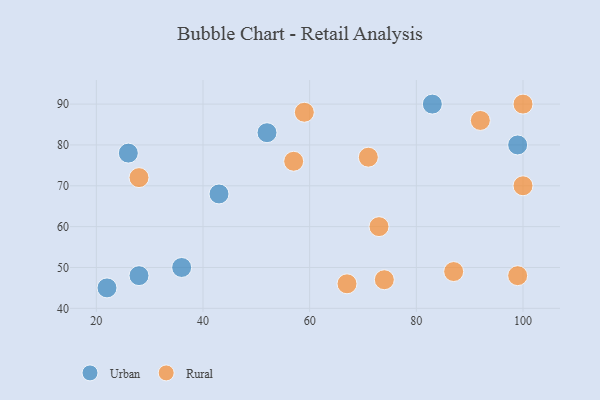
{"axis": {"x": "GDP", "y": "Life Expectancy"}, "legend": ["Rural", "Urban"], "data": [{"x": "36", "y": 50, "type": "Urban"}, {"x": "22", "y": 45, "type": "Urban"}, {"x": "99", "y": 80, "type": "Urban"}, {"x": "28", "y": 48, "type": "Urban"}, {"x": "43", "y": 68, "type": "Urban"}, {"x": "52", "y": 83, "type": "Urban"}, {"x": "26", "y": 78, "type": "Urban"}, {"x": "83", "y": 90, "type": "Urban"}, {"x": "59", "y": 88, "type": "Rural"}, {"x": "28", "y": 72, "type": "Rural"}, {"x": "57", "y": 76, "type": "Rural"}, {"x": "100", "y": 90, "type": "Rural"}, {"x": "100", "y": 70, "type": "Rural"}, {"x": "87", "y": 49, "type": "Rural"}, {"x": "92", "y": 86, "type": "Rural"}, {"x": "99", "y": 48, "type": "Rural"}, {"x": "74", "y": 47, "type": "Rural"}, {"x": "67", "y": 46, "type": "Rural"}, {"x": "73", "y": 60, "type": "Rural"}, {"x": "71", "y": 77, "type": "Rural"}]}